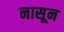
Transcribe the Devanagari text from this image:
नासून